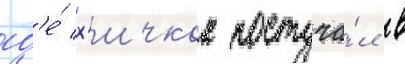
гд'е́ х'ичкок постуча́л в